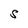
Character: S